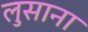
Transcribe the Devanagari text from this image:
लुसाना